Civil Veterinary Department. Madras. Admin. report 1926-33 - 1926-1933
Year: 1926
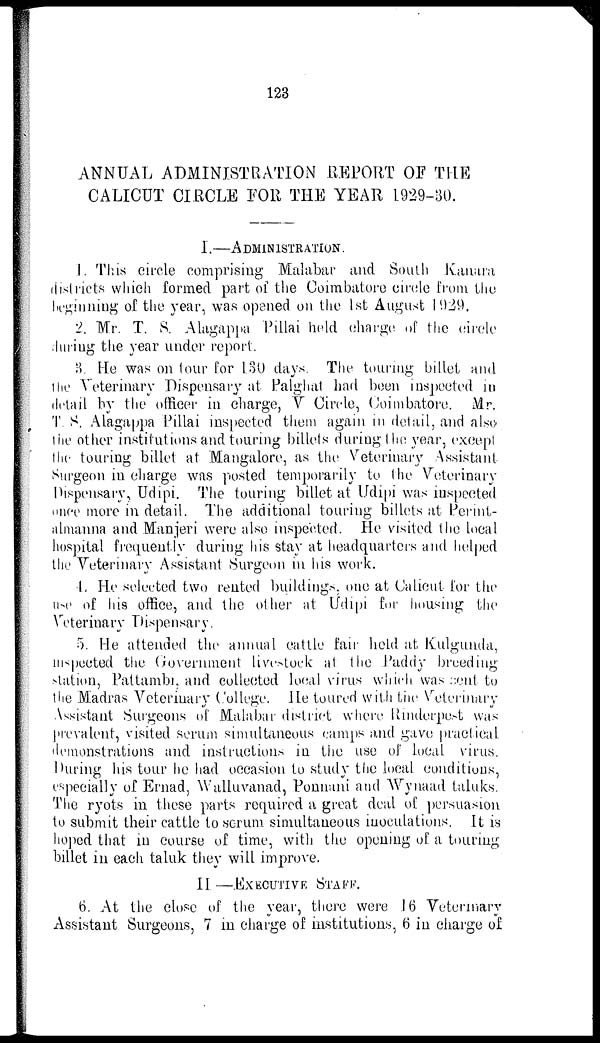
123
ANNUAL ADMINISTRATION REPORT OF THE
CALICUT CIRCLE FOR THE YEAR 1929-30.
I.—ADMINISTRATION.
1. This circle comprising Malabar and South Kanara
districts which formed part of the Coimbatore circle from the
beginning of the year, was opened on the 1st August 1929.
2. Mr. T. S. Alagappa Pillai held charge of the circle
during the year under report.
3. He was on tour for 130 days. The touring billet and
the Veterinary Dispensary at Palghat had been inspected in
detail by the officer in charge, V Circle, Coimbatore. Mr.
T. S. Alagappa Pillai inspected them again in detail, and also
the other institutions and touring billets during the year, except
the touring billet at Mangalore, as the Veterinary Assistant
Surgeon in charge was posted temporarily to the Veterinary
Dispensary, Udipi. The touring billet at Udipi was inspected
once more in detail. The additional touring billets at Perint-
almanna and Manjeri were also inspected. He visited the local
hospital frequently during his stay at headquarters and helped
the Veterinary Assistant Surgeon in his work.
4. He selected two rented buildings, one at Calicut for the
use of his office, and the other at Udipi for housing the
Veterinary Dispensary.
5. He attended the annual cattle fair held at. Kulgunda,
inspected the Government livestock at the Paddy breeding
station, Pattambi, and collected local virus which was sent to
the Madras Veterinary College. He toured with the Veterinary
Assistant Surgeons of Malabar district where Rinderpest was
prevalent, visited serum simultaneous camps and gave practical,
demonstrations and instructions in the use of local virus.
During his tour he had occasion to study the local conditions,
especially of Ernad, Walluvanad, Ponnani and Wynaad taluks.
The ryots in these parts required a great deal of persuasion
to submit their cattle to serum simultaneous inoculations. It is
hoped that in course of time, with the opening of a touring
billet in each taluk they will improve.
II —EXECUTIVE STAFF.
6. At the close of the year, there were 16 Veterinary
Assistant Surgeons, 7 in charge of institutions, 6 in charge of